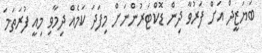
ބަޔަޒީދް އަށް ފަރުވާ ދިން ޑޮކްޓަރުންނަށް މިފަދަ ކަމެއް ދިމާވި މިއީ ފުރަތަމަ